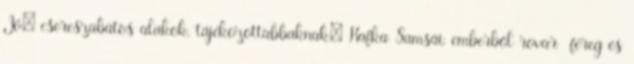
Jó: csereszabatos alakok, tájékozottabbaknak: Kafka Samsái, emberből rovar féreg és